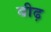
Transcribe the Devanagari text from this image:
बीढ़